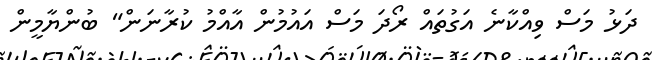
ދަޅު މަސް ވިއްކާނެ އަގުތައް ރޯދަ މަސް އައުމުން އާއްމު ކުރާނަން" ބުންޔާމީން